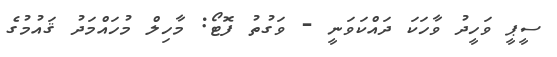
ސީޕީ ވަހީދު ވާހަކަ ދައްކަވަނީ - ވަގުތު ފޮޓޯ: މާހިލް މުހައްމަދު ޤައުމުގެ